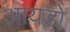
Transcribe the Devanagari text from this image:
आयडो